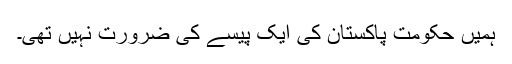
ہمیں حکومتِ پاکستان کی ایک پیسے کی ضرورت نہیں تھی۔